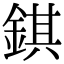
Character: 錤